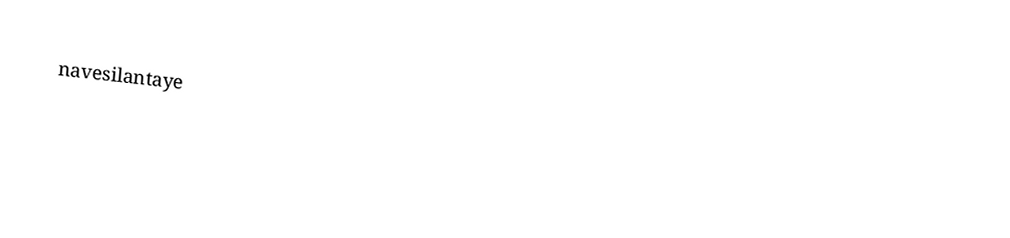
navesilantaye